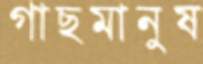
গাছমানুষ